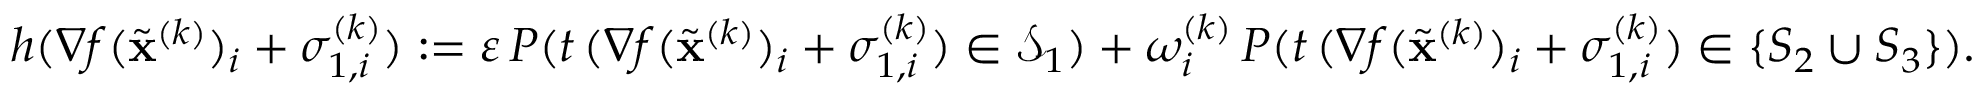
h ( \nabla f ( \widetilde \mathbf { x } ^ { ( k ) } ) _ { i } + \sigma _ { 1 , i } ^ { ( k ) } ) : = \varepsilon \, P ( t \, ( \nabla f ( \widetilde \mathbf { x } ^ { ( k ) } ) _ { i } + \sigma _ { 1 , i } ^ { ( k ) } ) \in { \mathcal { S } } _ { 1 } ) + \omega _ { i } ^ { ( k ) } \, P ( t \, ( \nabla f ( \widetilde \mathbf { x } ^ { ( k ) } ) _ { i } + \sigma _ { 1 , i } ^ { ( k ) } ) \in \{ S _ { 2 } \cup S _ { 3 } \} ) .